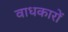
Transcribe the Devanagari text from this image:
वाधकारों